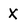
Character: X